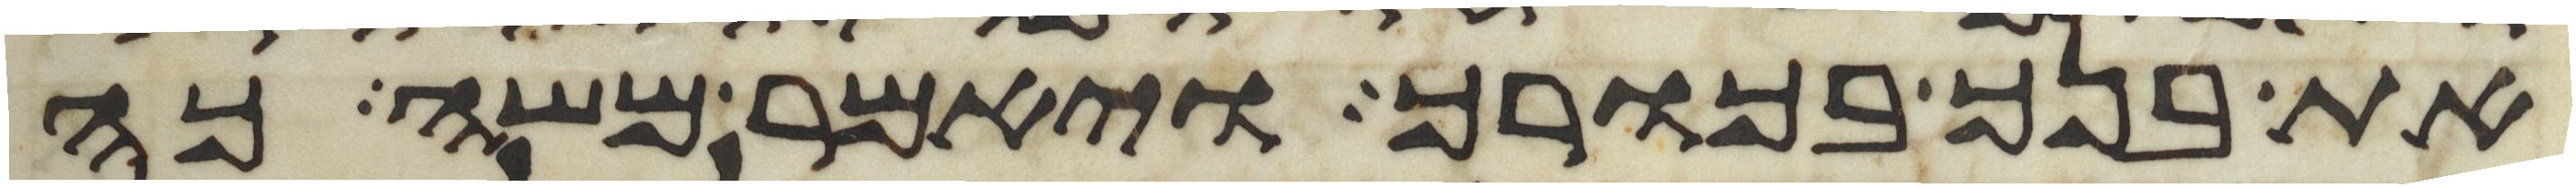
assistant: את בנך בכורך ויאמר משה כה